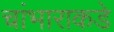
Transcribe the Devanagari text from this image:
चांभाराकडे